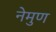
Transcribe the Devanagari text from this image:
नेमुण